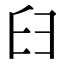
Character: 𦥑